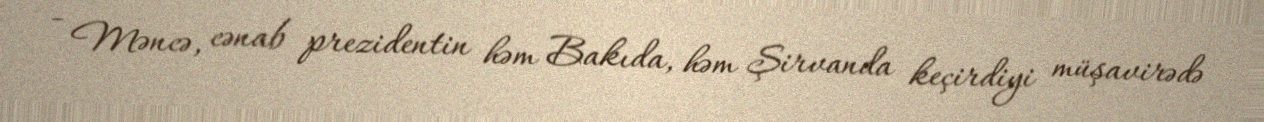
- Məncə, cənab prezidentin həm Bakıda, həm Şirvanda keçirdiyi müşavirədə